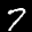
Label: 7